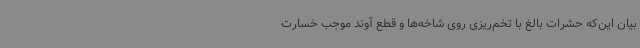
بیان این‌که حشرات بالغ با تخم‌ریزی روی شاخه‌ها و قطع آوند موجب خسارت